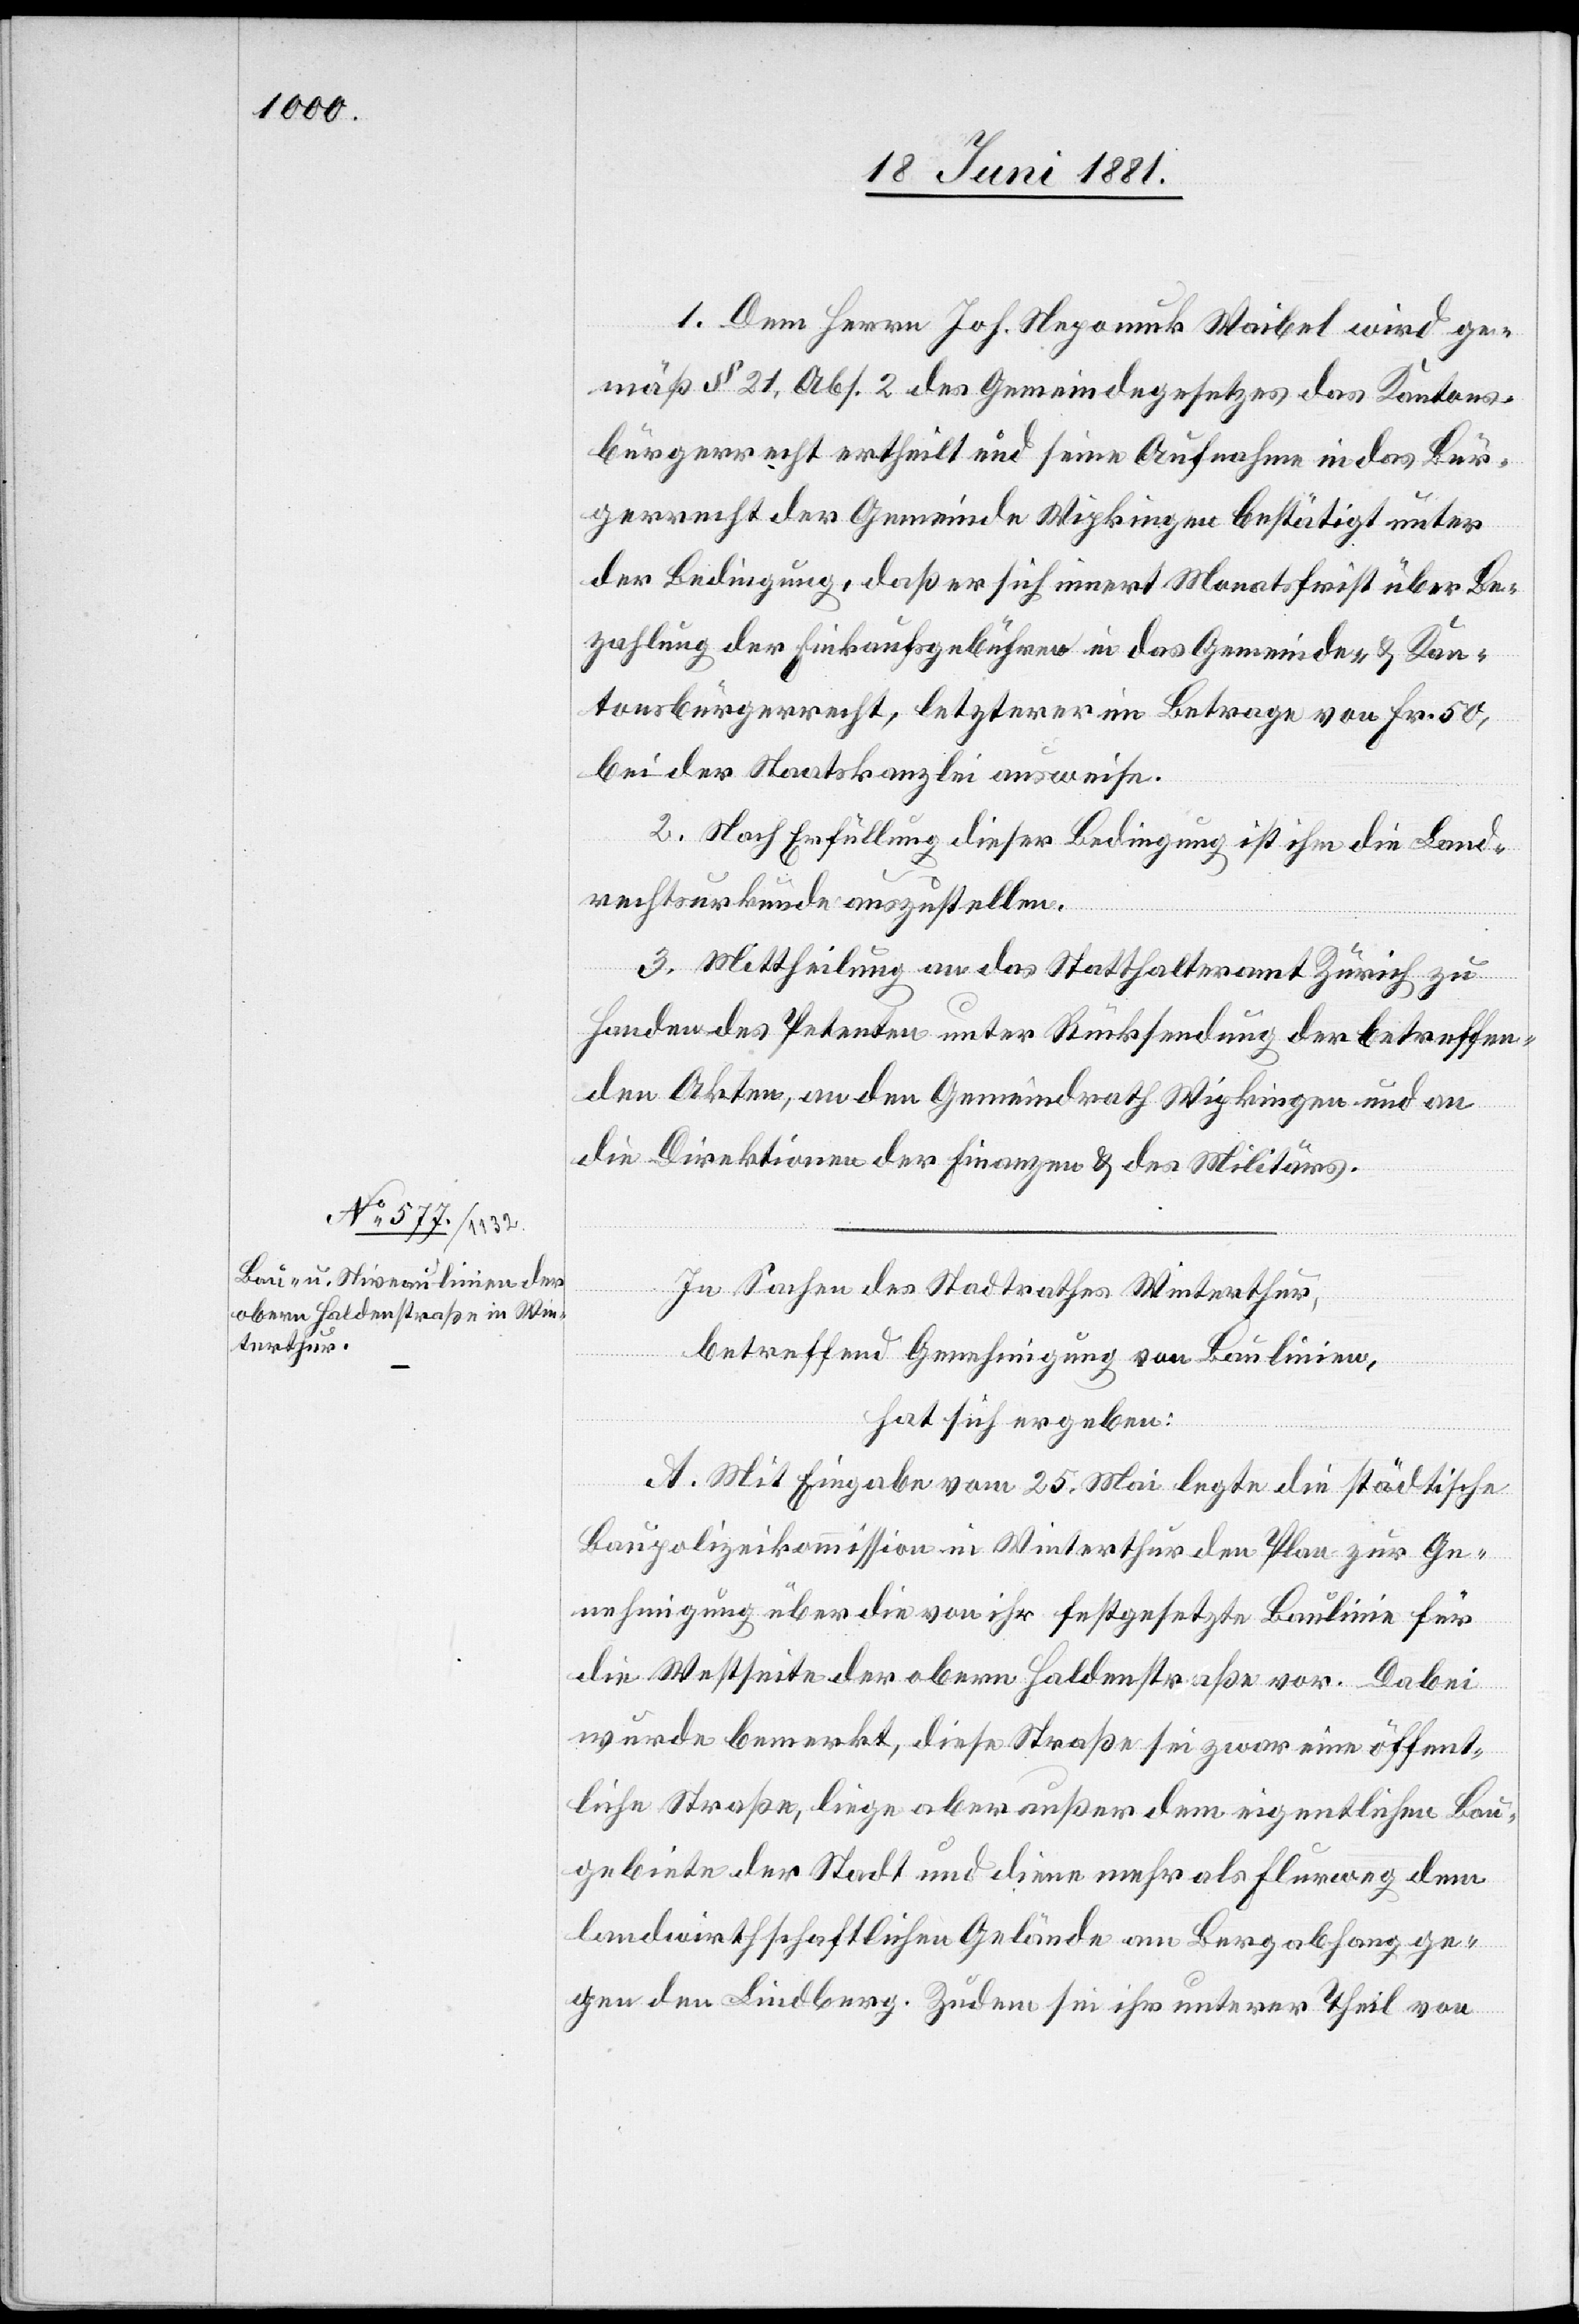
1. Dem Herrn Joh. Nepomuk Waibel wird ge¬
mäß § 21, Abs. 2 des Gemeindegesetzes das Kantons¬
bürgerrecht ertheilt und seine Aufnahme in das Bür¬
gerrecht der Gemeinde Wipkingen bestätigt unter
der Bedingung, daß er sich innert Monatsfrist über Be¬
zahlung der Einkaufsgebühren in das Gemeinde- & Kan¬
tonsbürgerrecht, letzterer im Betrage von Fr. 50,
bei der Staatskanzlei ausweise.
2. Nach Erfüllung dieser Bedingung ist ihm die Land¬
rechtsurkunde auszustellen.
3. Mittheilung an das Statthalteramt Zürich zu
Handen des Petenten unter Rücksendung der betreffen¬
den Akten, an den Gemeindrath Wipkingen und an
die Direktion der Finanzen & des Militärs.
In Sachen des Stadtrathes Winterthur,
betreffend Genehmigung von Baulinien,
hat sich ergeben:
A. Mit Eingabe vom 25. Mai legte die städtische
Baupolizeikommission in Winterthur den Plan zur Ge¬
nehmigung über die von ihr festgesetzte Baulinie für
die Westseite der obern Haldenstraße vor. Dabei
wurde bemerkt, diese Straße sei zwar eine öffent¬
liche Straße, liege aber außer dem eigentlichen Bau¬
gebiete der Stadt und diene mehr als Flurweg dem
landwirthschaftlichen Gelände am Bergabhang ge¬
gen den Lindberg. Zudem sei ihr unterer Theil von